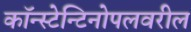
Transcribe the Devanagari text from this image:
कॉन्स्टेन्टिनोपलवरील